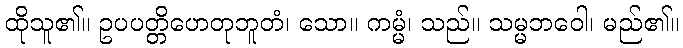
ထိုသူ၏။ ဥပပတ္တိဟေတုဘူတံ၊ သော။ ကမ္မံ၊ သည်။ သမ္မဘဝေါ၊ မည်၏။